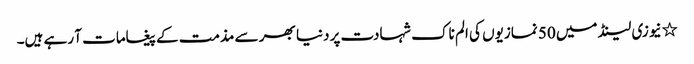
٭نیوزی لینڈ میں 50 نمازیوں کی الم ناک شہادت پر دنیا بھر سے مذمت کے پیغامات آ رہے ہیں۔